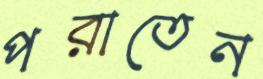
পরাতেন